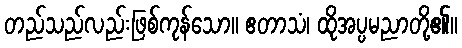
တည်သည်လည်းဖြစ်ကုန်သော။ ဧတာသံ၊ ထိုအပ္ပမညာတို့၏။